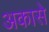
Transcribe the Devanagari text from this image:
अकासे